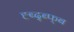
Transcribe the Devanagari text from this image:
ह्ब्द्ब्फ्ब